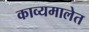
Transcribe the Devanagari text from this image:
काव्यमालेत